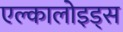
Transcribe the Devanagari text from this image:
एल्कालोइड्स